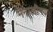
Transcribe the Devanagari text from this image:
मनालीगढ़